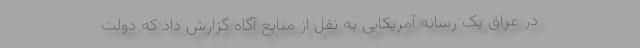
در عراق یک رسانه آمریکایی به نقل از منابع آگاه گزارش داد که دولت